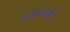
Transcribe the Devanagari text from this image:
अन्नसाठाही